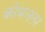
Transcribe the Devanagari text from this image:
कोमलतर